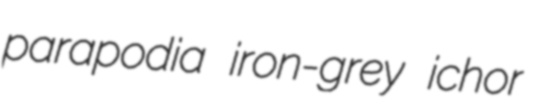
parapodia iron-grey ichor